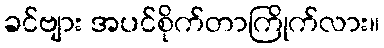
ခင်ဗျား အပင်စိုက်တာကြိုက်လား။